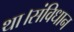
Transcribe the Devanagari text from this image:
था।संविधान